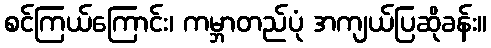
စင်ကြယ်ကြောင်း၊ ကမ္ဘာတည်ပုံ အကျယ်ပြဆိုခန်း။